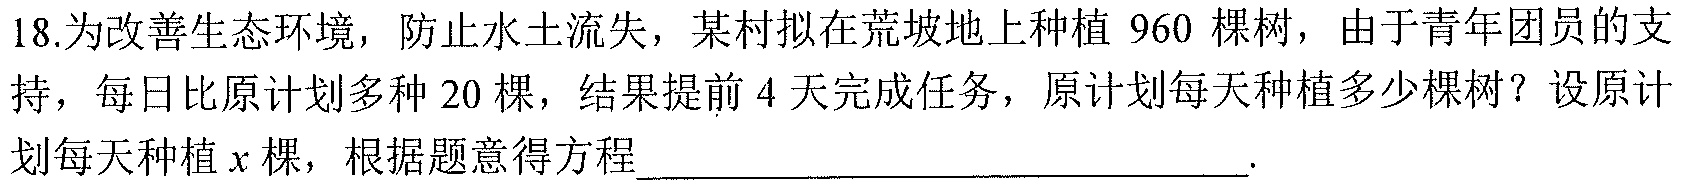
18.为改善生态环境，防止水土流失，某村拟在荒坡地上种植 \(960\) 棵树，由于青年团员的支持，每日比原计划多种 \(20\) 棵，结果提前 \(4\) 天完成任务，原计划每天种植多少棵树？设原计划每天种植 \(x\) 棵，根据题意得方程 .